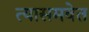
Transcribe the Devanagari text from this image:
त्यासमवेत